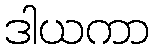
ဒါယကာ